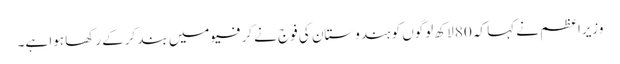
وزیراعظم نے کہا کہ 80 لاکھ لوگوں کو ہندوستان کی فوج نے کرفیو میں بند کرکے رکھا ہوا ہے۔